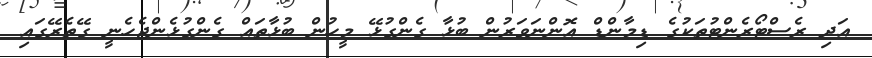
އަދި ރެސްޓޯރެންޓުތަކުގެ ޑިމާންޑް އޮންނަވަރުން ބުޅާ ގެންގުޅޭ މީހުން ބުޅާތައް ގެންގުޅެންޖެހެނީ ގޭތެރޭގައި